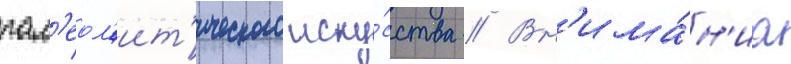
пал'еол'ит'ического иску́сства // Вн'има́н'иа